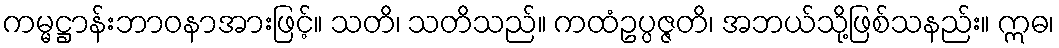
ကမ္မဋ္ဌာန်းဘာဝနာအားဖြင့်။ သတိ၊ သတိသည်။ ကထံဥပ္ပဇ္ဇတိ၊ အဘယ်သို့ဖြစ်သနည်း။ ဣဓ၊